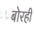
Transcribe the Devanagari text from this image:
बोरही